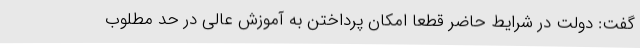
گفت: دولت در شرایط حاضر قطعا امکان پرداختن به آموزش عالی در حد مطلوب